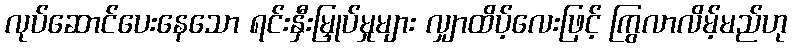
လုပ်ဆောင်ပေးနေသော ရင်းနှီးမြှုပ်မှုများ လျှာထိပ့်လေးဖြင့် ကြွလာလိမ့်မည်ဟု